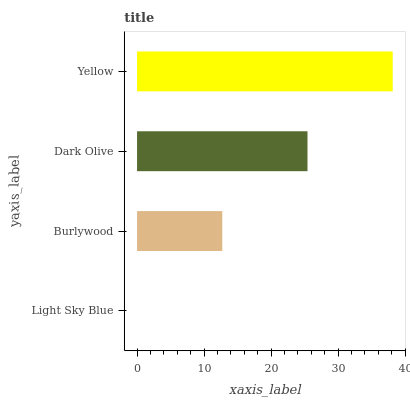
| yaxis_label | bars |
 | --- | --- |
 | Light Sky Blue | 0 |
 | Burlywood | 12.7 |
 | Dark Olive | 25.4 |
 | Yellow | 38.2 |